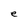
Character: e